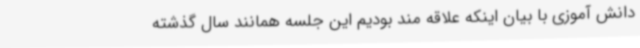
دانش آموزی با بیان اینکه علاقه مند بودیم این جلسه همانند سال گذشته